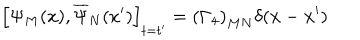
LaTeX: \left[ \Psi _ { M } ( x ) , \overline { { { \Psi } } } _ { N } ( x ^ { \prime } ) \right] _ { t = t ^ { \prime } } = \left( \Gamma _ { 4 } \right) _ { M N } \delta ( \mathbf { x } - \mathbf { x } ^ { \prime } )